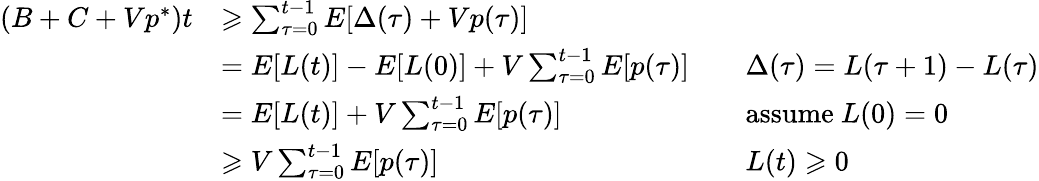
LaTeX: {\begin{array}{rlrl}{(B+C+Vp^{*})t}&{\geqslant\sum_{\tau=0}^{t-1}E[\Delta(\tau)+Vp(\tau)]}\\ &{=E[L(t)]-E[L(0)]+V\sum_{\tau=0}^{t-1}E[p(\tau)]}&&{\Delta(\tau)=L(\tau+1)-L(\tau)}\\ &{=E[L(t)]+V\sum_{\tau=0}^{t-1}E[p(\tau)]}&&{{\mathrm{assume~}}L(0)=0}\\ &{\geqslant V\sum_{\tau=0}^{t-1}E[p(\tau)]}&&{L(t)\geqslant 0}\end{array}}